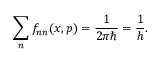
\sum _ { n } f _ { n n } ( x , p ) = \frac { 1 } { 2 \pi \hbar } = \frac { 1 } { h } .